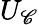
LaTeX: U_{\mathscr{C}}